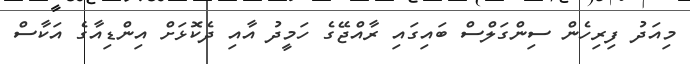
މިއަދު ފިރިހެން ސިންގަލްސް ބައިގައި ރާއްޖޭގެ ހަމީދު އާއި ދެކޮޅަށް އިންޑިއާގެ އަކާސް